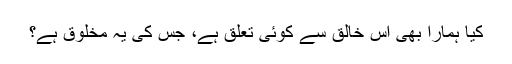
کیا ہمارا بھی اس خالق سے کوئی تعلق ہے، جس کی یہ مخلوق ہے؟